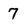
Character: 7